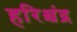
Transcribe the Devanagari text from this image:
हरिश्चंद्र